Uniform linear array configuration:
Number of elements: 16
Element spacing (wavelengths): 1
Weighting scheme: blackman
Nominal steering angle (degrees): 45
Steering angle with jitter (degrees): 46.608
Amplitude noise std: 0.05
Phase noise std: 0.05

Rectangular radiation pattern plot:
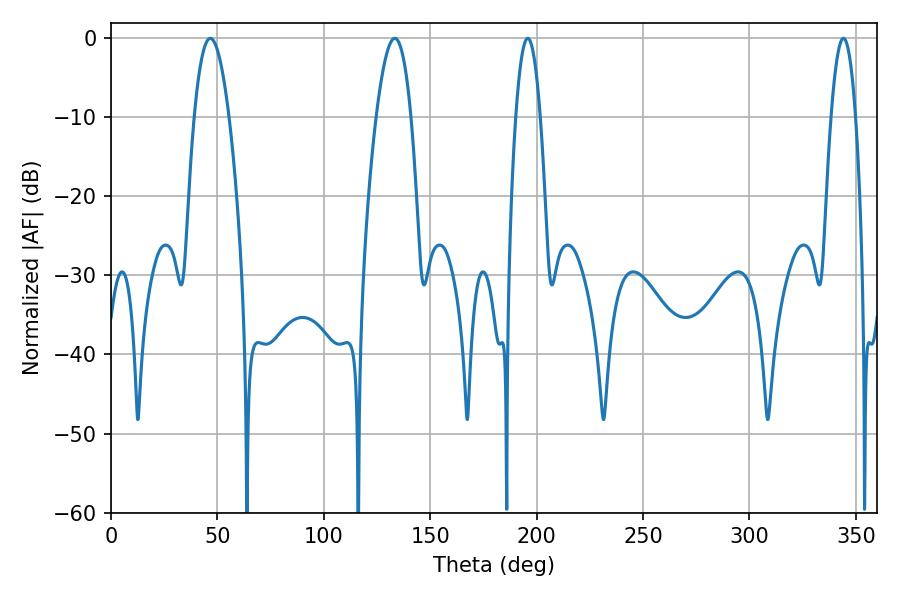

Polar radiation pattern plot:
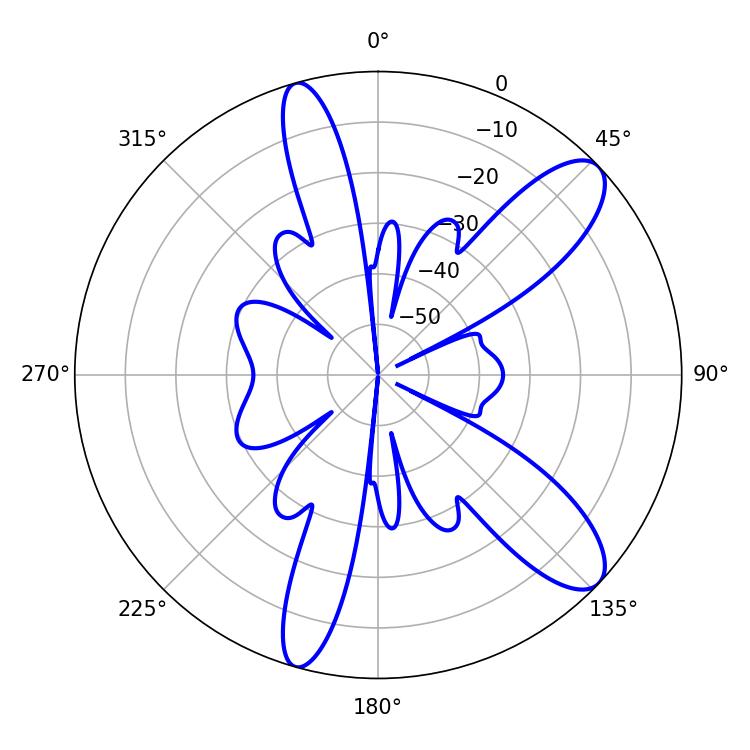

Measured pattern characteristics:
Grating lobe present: TRUE
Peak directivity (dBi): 10.457
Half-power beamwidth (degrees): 6.3
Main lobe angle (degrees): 195.84